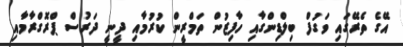
އޭގެ ތެރޭގައި ވަގުފް ބިލްޑިންގާއި ހާފިޒުން ތަމްރީން ކުރުމާއި ދީނީ ދަރުސް ޕްރޮގްރާމާއި